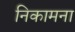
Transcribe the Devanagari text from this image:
निकामना